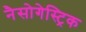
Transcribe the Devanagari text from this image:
नैसोगेस्ट्रिक